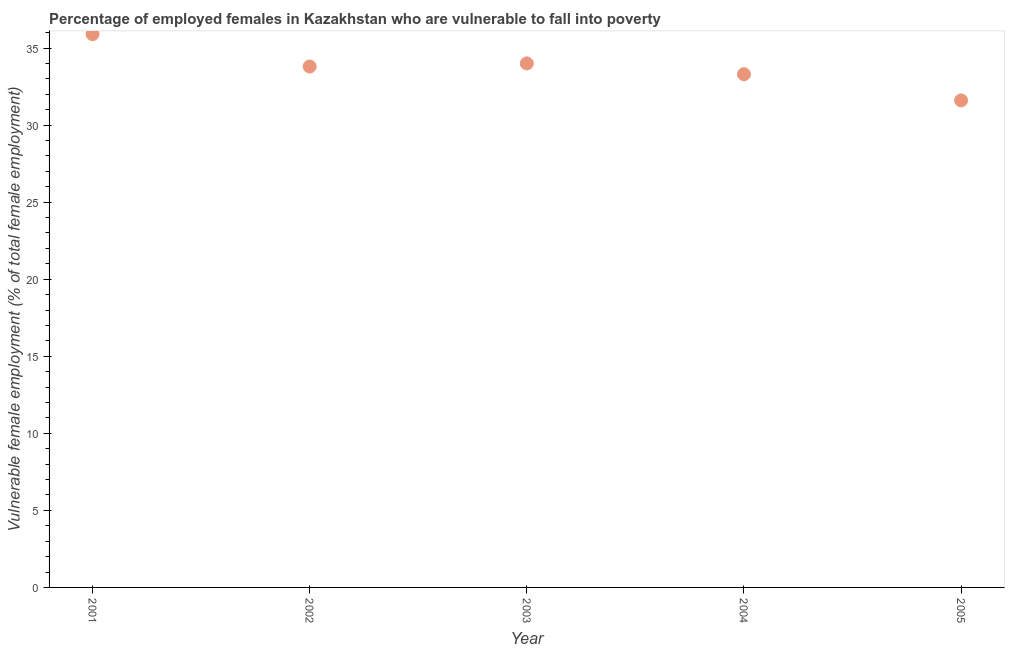
| Year | Percentage of employed females who are vulnerable to fall into poverty |
 | --- | --- |
 | 2001 | 35.9 |
 | 2002 | 33.8 |
 | 2003 | 34 |
 | 2004 | 33.3 |
 | 2005 | 31.6 |